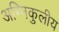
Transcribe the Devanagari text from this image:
अग्निकुलीय